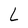
Character: L